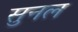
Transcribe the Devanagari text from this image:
सुनल